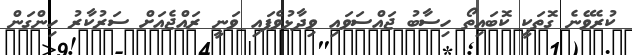
ކުރެވޭނެ ގޮތަކީ ކޮބައިތޯ ހިސާބު ޖައްސަވައި ވިދާޅުވެފައި ވަނީ ރައްޖެއަށް ސަރުކާރު ހިންގަން